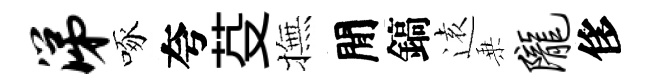
涕啄夸芟撫閒鎬逺乗陇侈